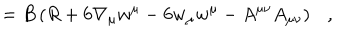
= B \left( R + 6 \nabla _ { \mu } w ^ { \mu } - 6 w _ { \mu } w ^ { \mu } - A ^ { \mu \nu } A _ { \mu \nu } \right) ,